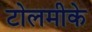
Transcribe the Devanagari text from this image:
टोलमीके